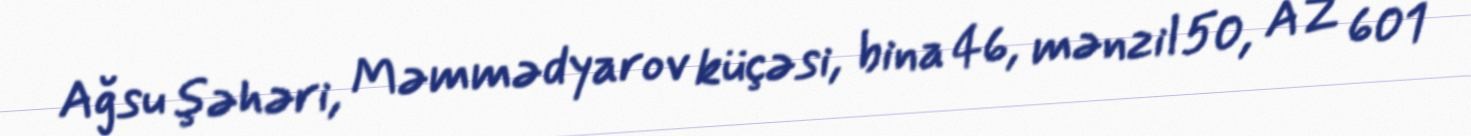
Ağsu şəhəri, Məmmədyarov küçəsi, bina 46, mənzil 50, AZ 601